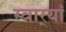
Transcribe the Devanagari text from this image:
स्वार्‍यां